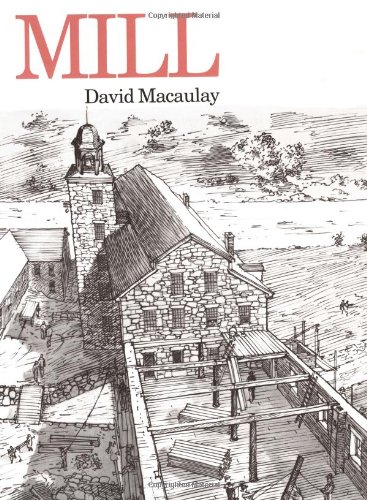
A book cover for Mill; David Macaulay; Children's Books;